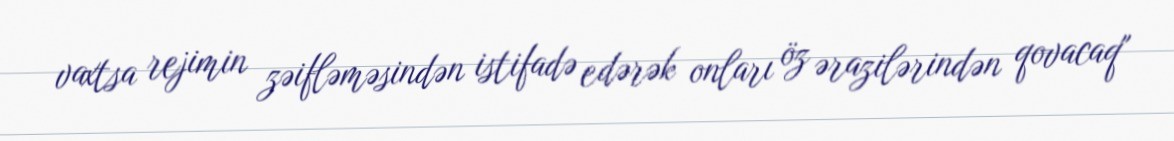
vaxtsa rejimin zəifləməsindən istifadə edərək onları öz ərazilərindən qovacaq"